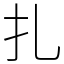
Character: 扎